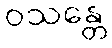
ဝသန္တေ